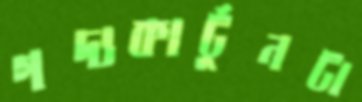
গদ্যকার্টুনটা